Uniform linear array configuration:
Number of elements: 64
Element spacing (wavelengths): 0.25
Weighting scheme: hann
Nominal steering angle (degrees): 60
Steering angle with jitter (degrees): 58.102
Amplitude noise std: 0.05
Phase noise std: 0.05

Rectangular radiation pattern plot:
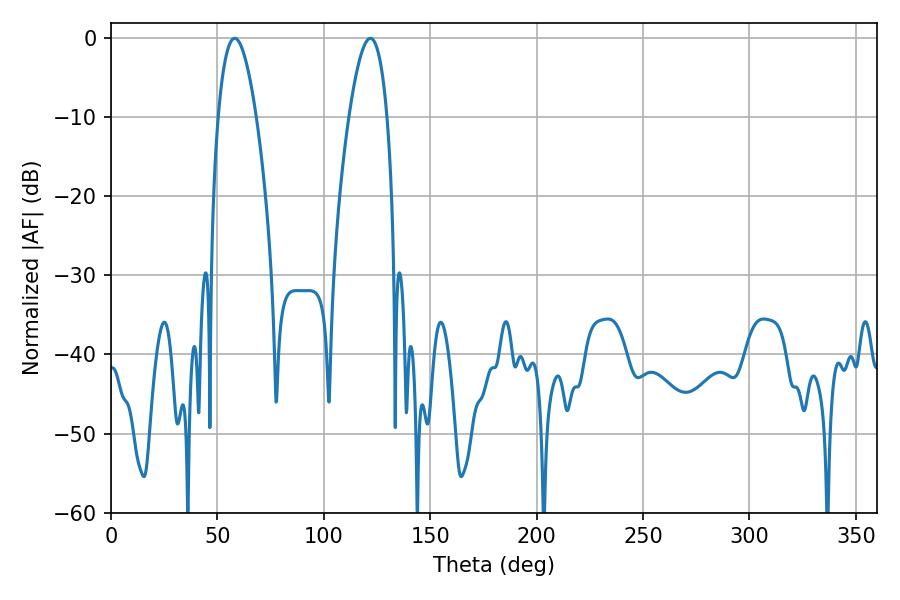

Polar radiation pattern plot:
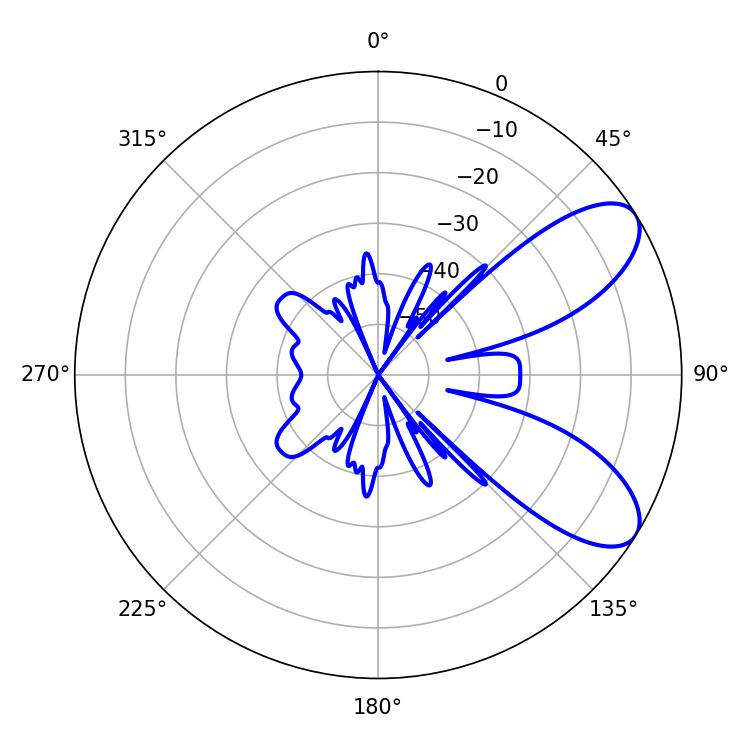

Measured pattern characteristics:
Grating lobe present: FALSE
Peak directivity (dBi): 8.031
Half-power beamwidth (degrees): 9.72
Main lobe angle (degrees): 58.14